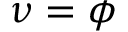
\nu = \phi